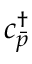
{ c } _ { \bar { p } } ^ { \dagger }